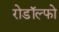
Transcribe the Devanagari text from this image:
रोडॉल्फो